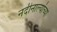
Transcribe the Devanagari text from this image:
नदीनाल्यांच्या